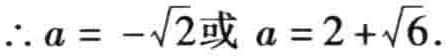
\(\therefore a = -\sqrt{2}\text{或 } a = 2+\sqrt{6}\).